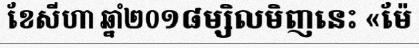
ខែសីហា ឆ្នាំ២០១៨ម្សិលមិញនេះ «ម៉ែ